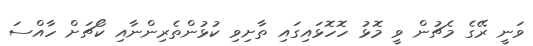
ވަނީ ރޭގެ މެޗުން ވީ މޮޅު ހޮހޮޅައިގައި ތާށިވި ކުޅުންތެރިންނާއި ކޯޗަށް ހާއްސަ